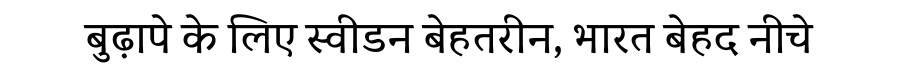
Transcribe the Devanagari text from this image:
बुढ़ापे के लिए स्वीडन बेहतरीन, भारत बेहद नीचे